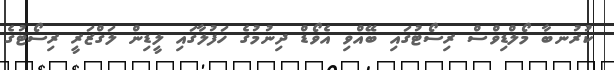
ކުރުނބާ މޯލްޑިވްސް ރިސޯޓުގައި ބޭއްވި އެވޯޑް ދިނުމުގެ ހަފުލާގައި ލީޑިން ލަގްޒަރީ ރިސޯޓުގެ